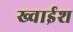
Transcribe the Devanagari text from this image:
ख्वाईश